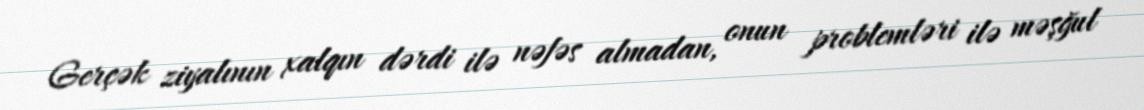
Gerçək ziyalının xalqın dərdi ilə nəfəs almadan, onun problemləri ilə məşğul